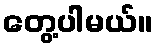
တွေ့ပါမယ်။